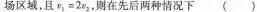
场区域，且v场区域，且场区域，且$$